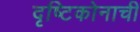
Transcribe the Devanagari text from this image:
दृष्टिकोनाची